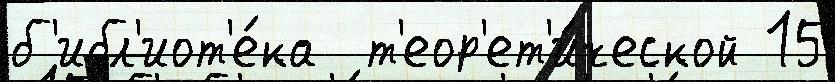
б'ибл'иот'е́ка  т'еор'ет'и́ческой 15